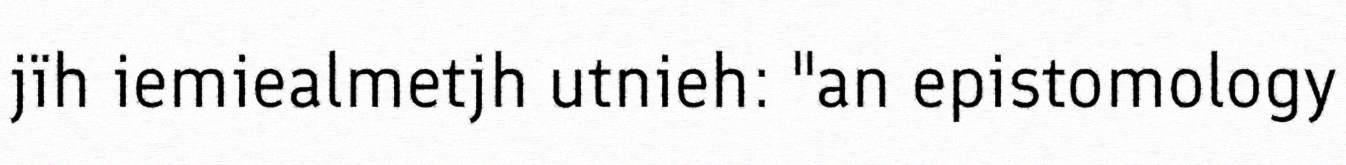
jïh iemiealmetjh utnieh: "an epistomology